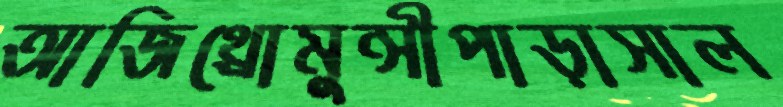
আজিথ্রোমুন্সীপাড়াসাল